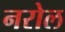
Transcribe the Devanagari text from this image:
नरोल